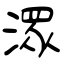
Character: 潨